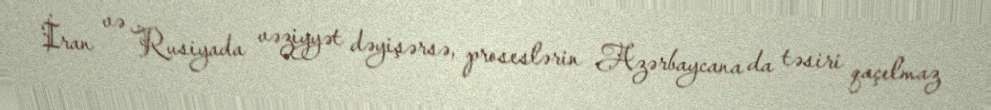
İran və Rusiyada vəziyyət dəyişərsə, proseslərin Azərbaycana da təsiri qaçılmaz